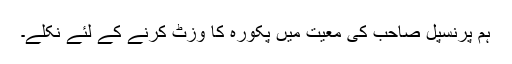
ہم پرنسپل صاحب کی معیت میں پکورہ کا وزٹ کرنے کے لئے نکلے۔